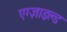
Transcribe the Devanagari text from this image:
एग्ज़ाइल्ड